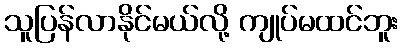
သူပြန်လာနိုင်မယ်လို့ ကျုပ်မထင်ဘူး